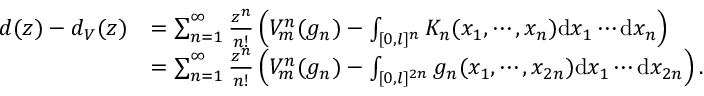
\begin{array} { r l } { d ( z ) - d _ { V } ( z ) } & { = \sum _ { n = 1 } ^ { \infty } \frac { z ^ { n } } { n ! } \left( V _ { m } ^ { n } ( g _ { n } ) - \int _ { [ 0 , l ] ^ { n } } K _ { n } ( x _ { 1 } , \cdots , x _ { n } ) \mathrm { d } x _ { 1 } \cdots \mathrm { d } x _ { n } \right) } \\ & { = \sum _ { n = 1 } ^ { \infty } \frac { z ^ { n } } { n ! } \left( V _ { m } ^ { n } ( g _ { n } ) - \int _ { [ 0 , l ] ^ { 2 n } } g _ { n } ( x _ { 1 } , \cdots , x _ { 2 n } ) \mathrm { d } x _ { 1 } \cdots \mathrm { d } x _ { 2 n } \right) . } \end{array}